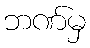
ဘဏ်မှ